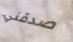
صدقني